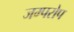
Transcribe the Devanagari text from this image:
जम्परोप